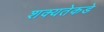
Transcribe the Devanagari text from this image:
शक्यतेकडे